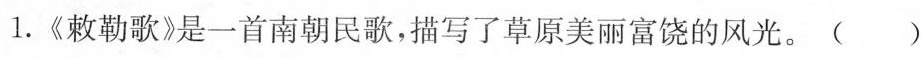
1.《敕勒歌》是一首南朝民歌，描写了草原美丽富饶的风光。()